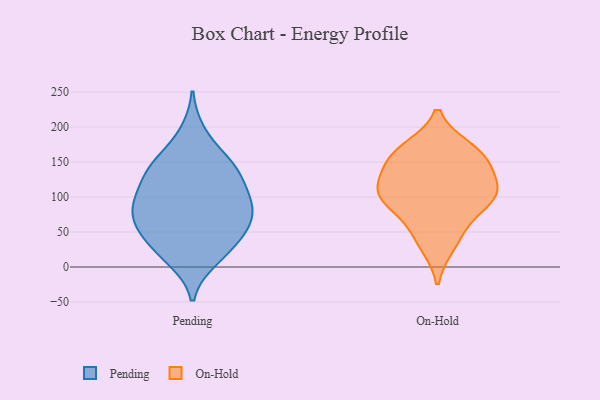
{"axis": {"x": "Latency (ms)", "y": "Value"}, "legend": ["On-Hold", "Pending"], "data": [{"x": "", "y": 20, "type": "Pending"}, {"x": "", "y": 61, "type": "Pending"}, {"x": "", "y": 58, "type": "Pending"}, {"x": "", "y": 151, "type": "Pending"}, {"x": "", "y": 26, "type": "Pending"}, {"x": "", "y": 96, "type": "Pending"}, {"x": "", "y": 101, "type": "Pending"}, {"x": "", "y": 90, "type": "Pending"}, {"x": "", "y": 191, "type": "Pending"}, {"x": "", "y": 46, "type": "Pending"}, {"x": "", "y": 139, "type": "Pending"}, {"x": "", "y": 126, "type": "Pending"}, {"x": "", "y": 83, "type": "Pending"}, {"x": "", "y": 149, "type": "Pending"}, {"x": "", "y": 12, "type": "Pending"}, {"x": "", "y": 84, "type": "Pending"}, {"x": "", "y": 134, "type": "Pending"}, {"x": "", "y": 61, "type": "Pending"}, {"x": "", "y": 109, "type": "On-Hold"}, {"x": "", "y": 161, "type": "On-Hold"}, {"x": "", "y": 99, "type": "On-Hold"}, {"x": "", "y": 95, "type": "On-Hold"}, {"x": "", "y": 168, "type": "On-Hold"}, {"x": "", "y": 101, "type": "On-Hold"}, {"x": "", "y": 115, "type": "On-Hold"}, {"x": "", "y": 157, "type": "On-Hold"}, {"x": "", "y": 145, "type": "On-Hold"}, {"x": "", "y": 55, "type": "On-Hold"}, {"x": "", "y": 32, "type": "On-Hold"}]}